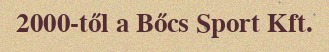
2000-től a Bőcs Sport Kft.